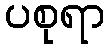
ပစုရာ